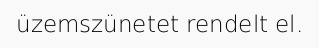
üzemszünetet rendelt el.